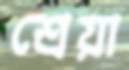
শ্রেয়া